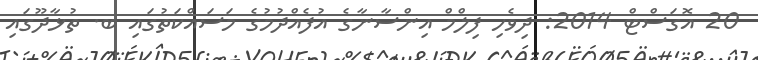
20 އޮގަސްޓް 2014: ދިވެހި ފިލްމް އިންސާނާގެ އުފެއްދުމުގެ މަސައްކަތުގައި ބ. ތުޅާދޫގައި